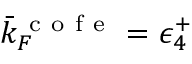
\bar { k } _ { F } ^ { \mathrm { ~ c ~ o ~ f ~ e ~ } } = \epsilon _ { 4 } ^ { + }